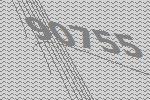
90755